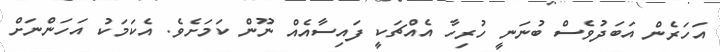
އަހަރެން އަބަދުވެސް ބުނަނީ ހުރިހާ އެއްޗަކީ ފައިސާއެއް ނޫން ކަމަށެވެ. އެކަމަކު އަހަންނަށް